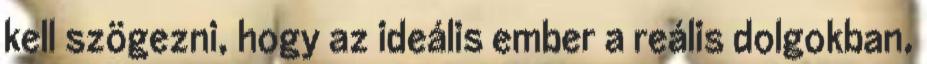
kell szögezni, hogy az ideális ember a reális dolgokban,